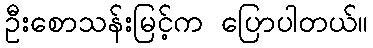
ဦးစောသန်းမြင့်က ပြောပါတယ်။